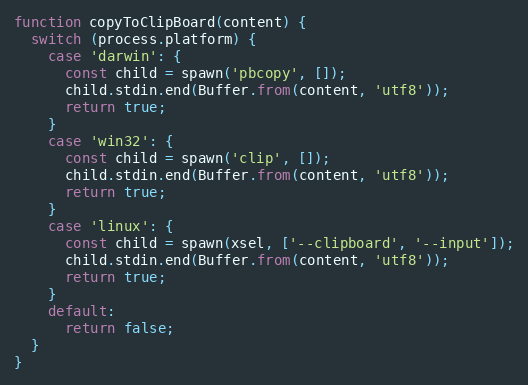
Language: JavaScript
function copyToClipBoard(content) {
  switch (process.platform) {
    case 'darwin': {
      const child = spawn('pbcopy', []);
      child.stdin.end(Buffer.from(content, 'utf8'));
      return true;
    }
    case 'win32': {
      const child = spawn('clip', []);
      child.stdin.end(Buffer.from(content, 'utf8'));
      return true;
    }
    case 'linux': {
      const child = spawn(xsel, ['--clipboard', '--input']);
      child.stdin.end(Buffer.from(content, 'utf8'));
      return true;
    }
    default:
      return false;
  }
}